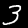
Digit: 3